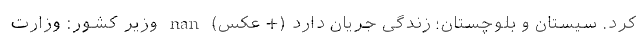
کرد. سیستان و بلوچستان؛ زندگی جریان دارد (+ عکس) nan وزیر کشور: وزارت